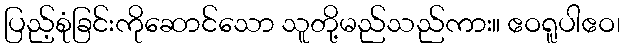
ပြည့်စုံခြင်းကိုဆောင်သော သူတို့မည်သည်ကား။ ဧဝရူပါဧဝ၊